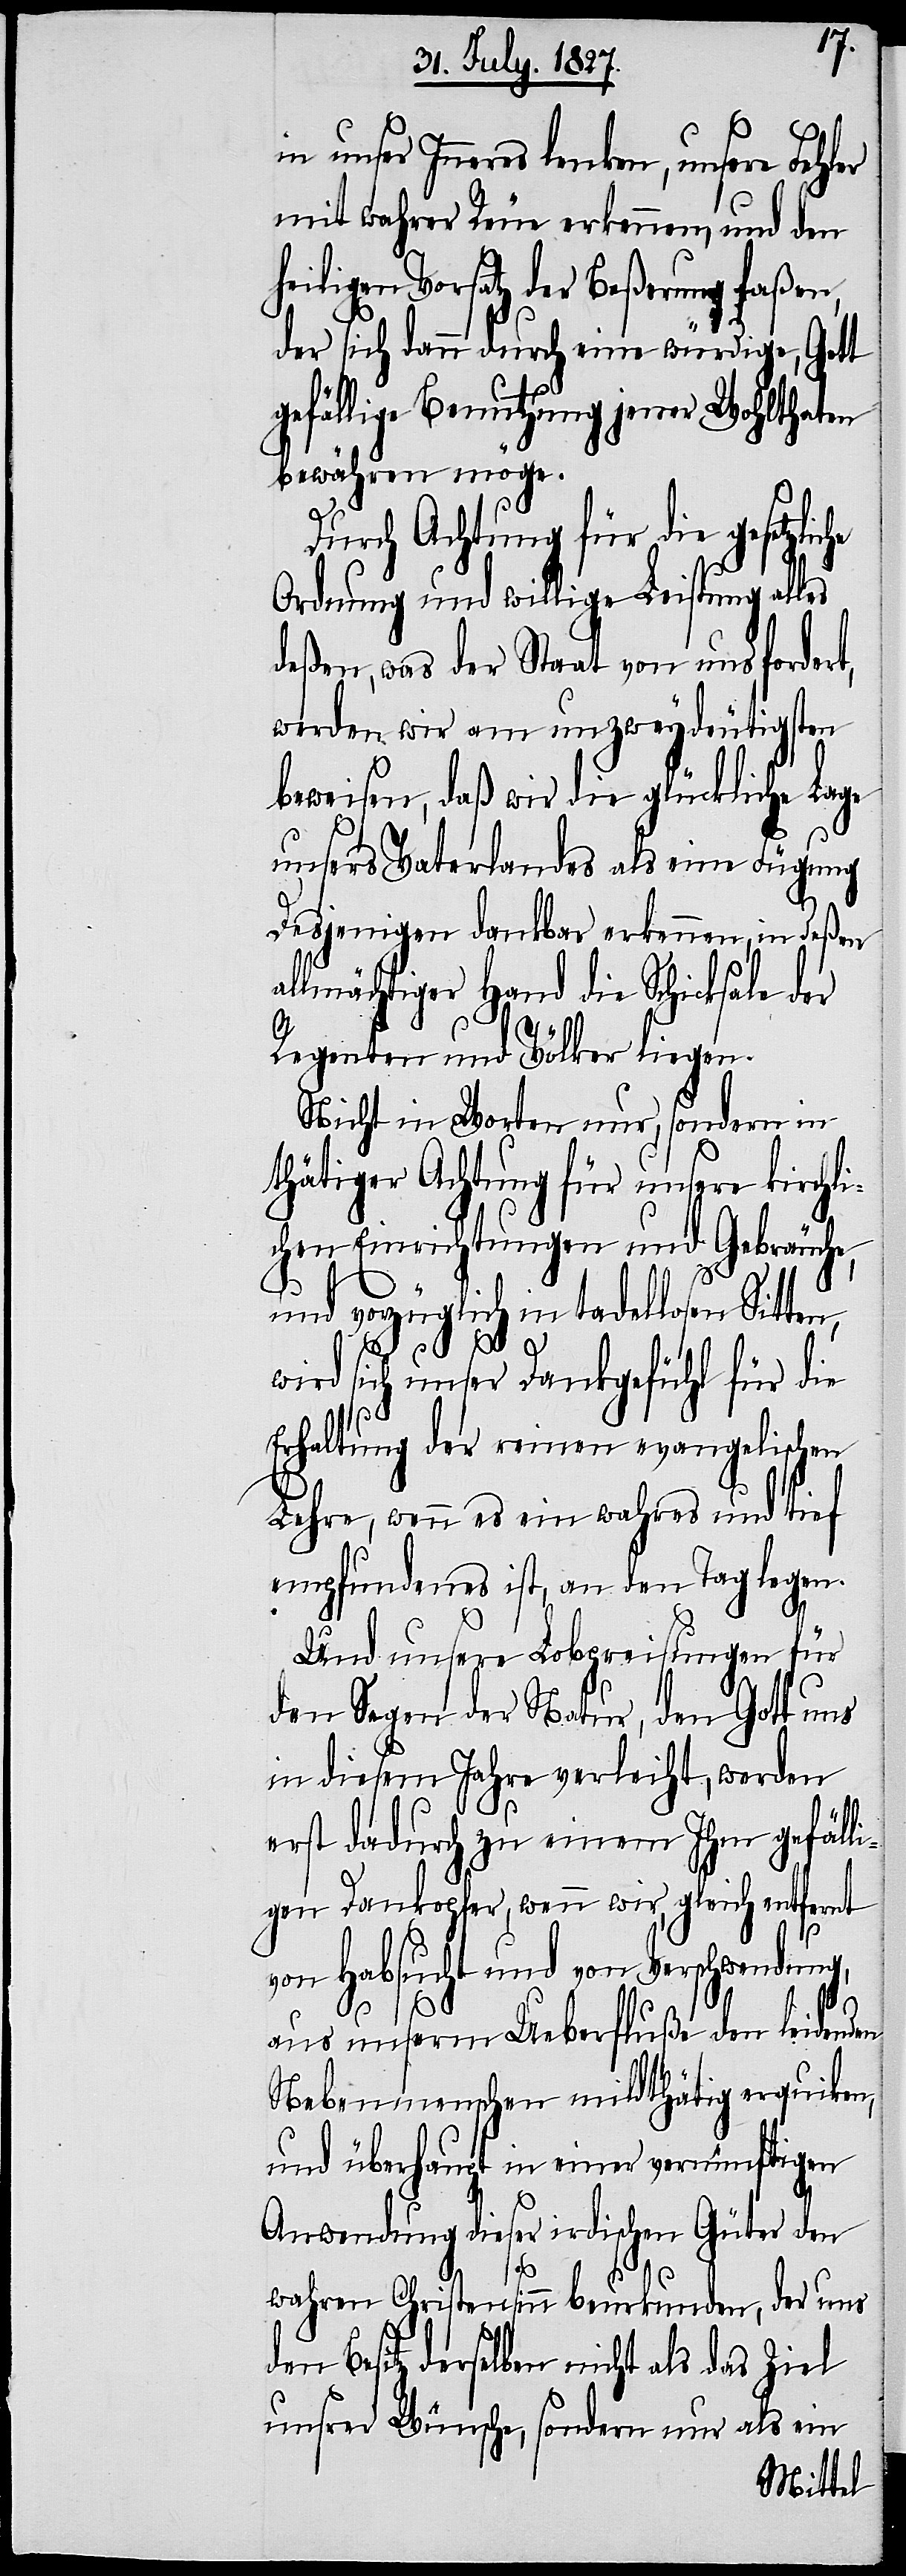
in unser Inneres lenken, unsere Fehler
mit wahrer Reue erkennen, und den
eiligen Vorsatz der Beßerung faßen,
der sich dann durch eine würdige, Gott
gefällige Benutzung jener Wohlthaten
bewähren möge.
Durch Achtung für die gesetzlic¬
Ordnung und willige Leistung alles
deßen, was der Staat von uns fordert,
werden wir am unzweydeutigsten
beweisen, daß wir die glückliche Lage
unsers Vaterlandes als eine Fügung
Desjenigen dankbar erkennen, in deßen
Regenten und Völker liegen.
Nicht in Worten nur, sondern in
thätiger Achtung für unsere kirchli¬
chen Einrichtungen und Gebräuche,
und vorzüglich in tadellosen Sitten,
wird sich unser Dankgefühl für die
Erhaltung der reinen evangelischen
Lehre, wenn es ein wahres und tief
empfundenes ist, an den Tag legen.
Und unsere Lobpreisungen für
den Segen der Natur, den Gott uns
in diesem Jahre verleiht, werden
erst dadurch zu einem Ihm gefäll¬
igen Dankopfer, wenn wir, gleich entfernt
h¬
von Habsucht und von Verschwendung,
he
aus unserm Ueberfluße den leidenden
Nebenmenschen mildthätig erquicken,
und überhaupt in einer vernünftigen
Anwendung dieser irdischen Güter den
wahren Christensinn beurkunden, der uns
den Besitz derselben nicht als das Ziel
unsrer Wünsche, sondern nur als ein